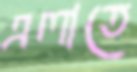
এলাতে